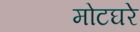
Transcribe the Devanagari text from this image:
मोटघरे